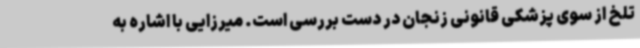
تلخ از سوی پزشکی قانونی زنجان در دست بررسی است. میرزایی با اشاره به